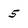
Character: 5